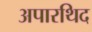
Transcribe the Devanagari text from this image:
अपारथिद